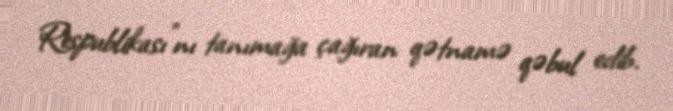
Respublikası"nı tanımağa çağıran qətnamə qəbul edib.